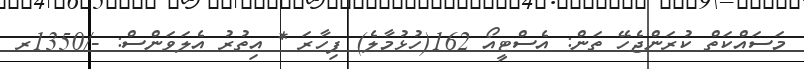
މަސައްކަތް ކުރަންޖެހޭ ތަން: އެސްޓީއޯ 162(ހުޅުމާލެ) ފިހާރަ * އިތުރު އެލަވަންސް: -/1350ރ